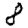
Digit: 8